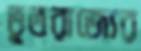
ভূতরাজ্যের